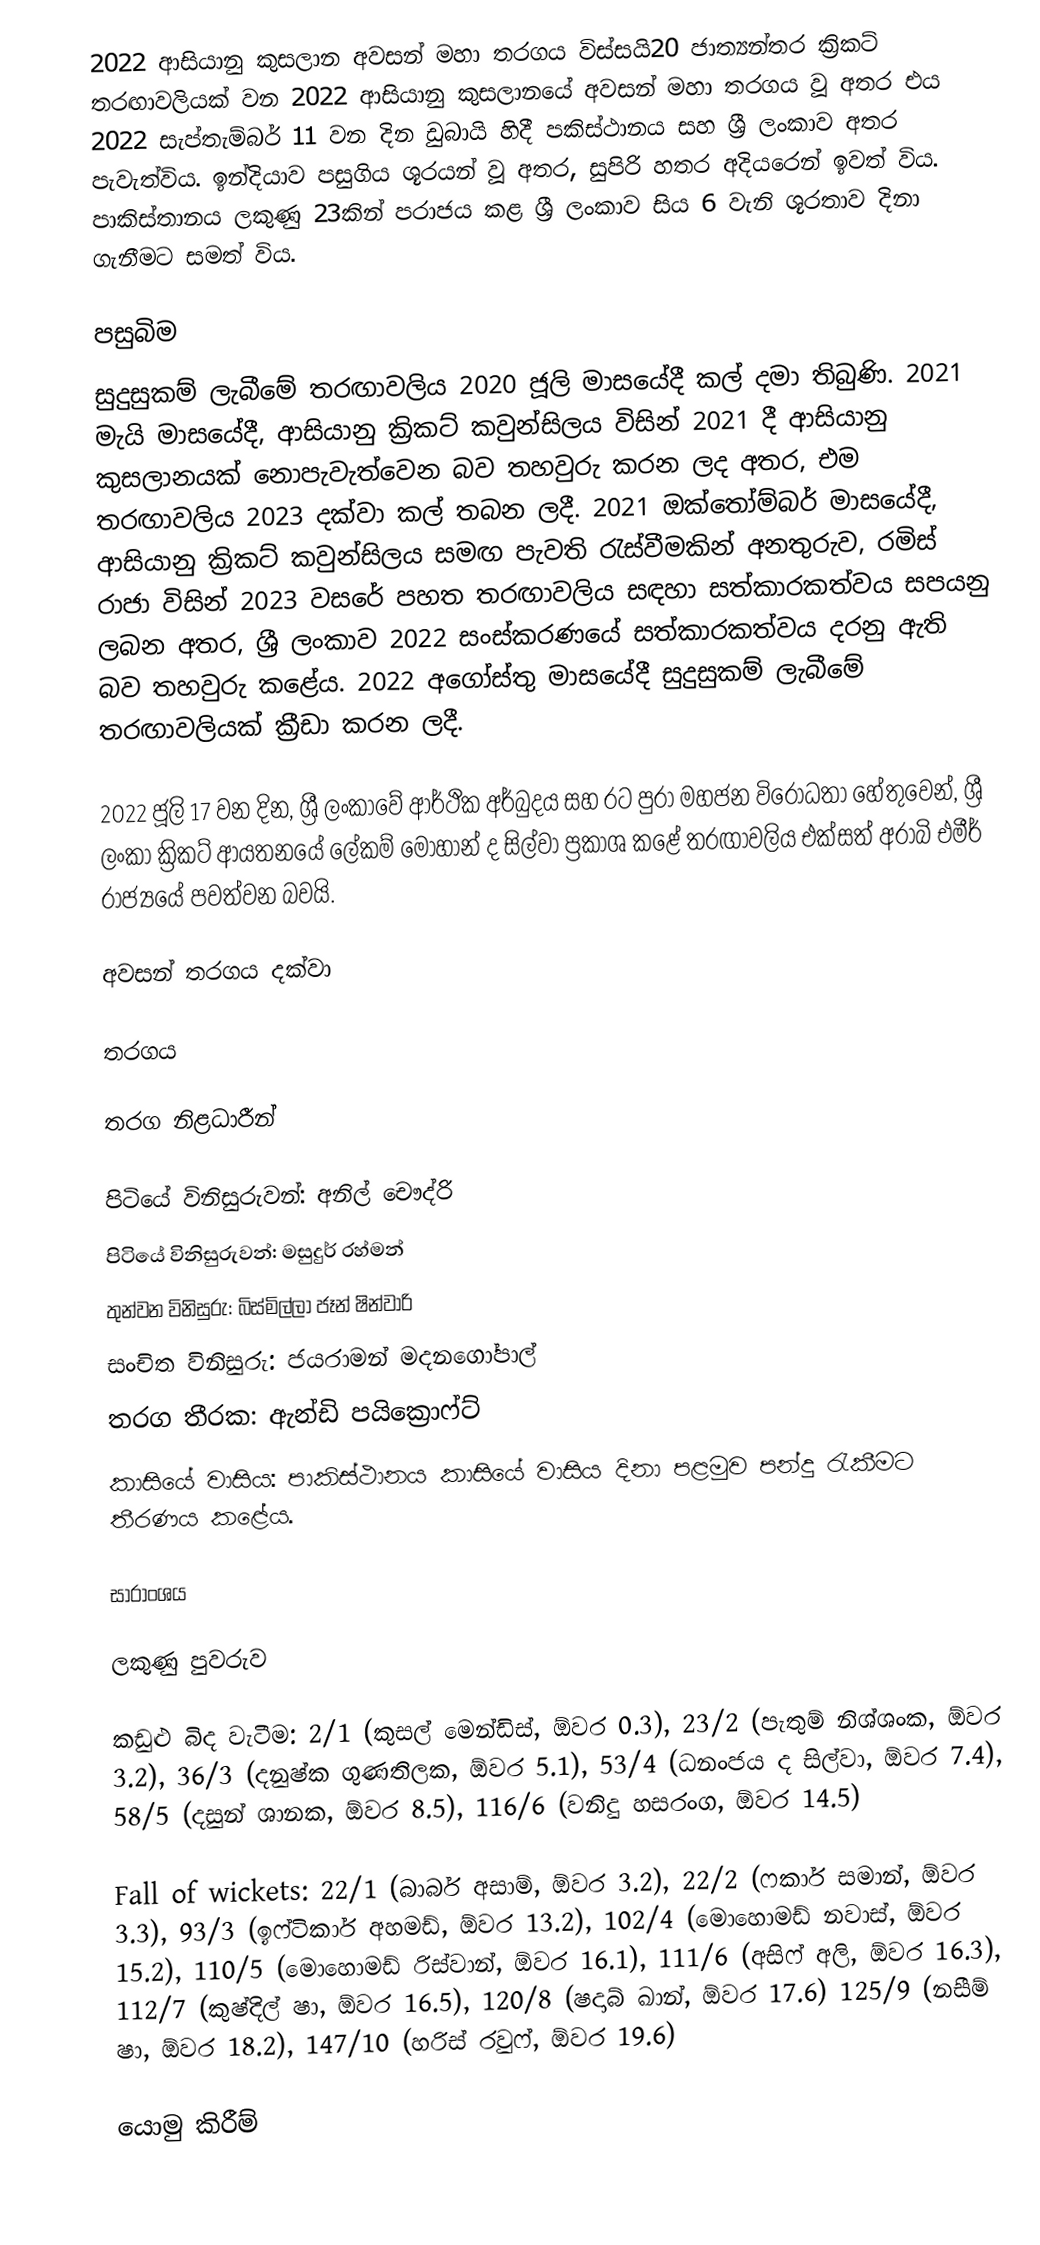
2022 ආසියානු කුසලාන අවසන් මහා තරගය විස්සයි20 ජාත්‍යන්තර ක්‍රිකට් තරඟාවලියක් වන 2022 ආසියානු කුසලානයේ අවසන් මහා තරගය වූ අතර එය 2022 සැප්තැම්බර් 11 වන දින ඩුබායි හිදී පකිස්ථානය සහ ශ්‍රී ලංකාව අතර පැවැත්විය. ඉන්දියාව පසුගිය ශූරයන් වූ අතර, සුපිරි හතර අදියරෙන් ඉවත් විය. පාකිස්තානය ලකුණු 23කින් පරාජය කළ ශ්‍රී ලංකාව සිය 6 වැනි ශූරතාව දිනා ගැනීමට සමත් විය.

පසුබිම
සුදුසුකම් ලැබීමේ තරඟාවලිය 2020 ජූලි මාසයේදී කල් දමා තිබුණි. 2021 මැයි මාසයේදී, ආසියානු ක්‍රිකට් කවුන්සිලය විසින් 2021 දී ආසියානු කුසලානයක් නොපැවැත්වෙන බව තහවුරු කරන ලද අතර, එම තරඟාවලිය 2023 දක්වා කල් තබන ලදී. 2021 ඔක්තෝම්බර් මාසයේදී, ආසියානු ක්‍රිකට් කවුන්සිලය සමඟ පැවති රැස්වීමකින් අනතුරුව, රමිස් රාජා විසින් 2023 වසරේ පහත තරඟාවලිය සඳහා සත්කාරකත්වය සපයනු ලබන අතර, ශ්‍රී ලංකාව 2022 සංස්කරණයේ සත්කාරකත්වය දරනු ඇති බව තහවුරු කළේය. 2022 අගෝස්තු මාසයේදී සුදුසුකම් ලැබීමේ තරඟාවලියක් ක්‍රීඩා කරන ලදී.

2022 ජූලි 17 වන දින, ශ්‍රී ලංකාවේ ආර්ථික අර්බුදය සහ රට පුරා මහජන විරෝධතා හේතුවෙන්, ශ්‍රී ලංකා ක්‍රිකට් ආයතනයේ ලේකම් මොහාන් ද සිල්වා ප්‍රකාශ කළේ තරඟාවලිය එක්සත් අරාබි එමීර් රාජ්‍යයේ පවත්වන බවයි.

අවසන් තරගය දක්වා

තරගය

තරග නිළධාරීන්

 පිටියේ විනිසුරුවන්:  අනිල් චෞද්රි
 පිටියේ විනිසුරුවන්:  මසුදුර් රහ්මන්
 තුන්වන විනිසුරු:  බිස්මිල්ලා ජෑන් ෂින්වාරි
 සංචිත විනිසුරු:  ජයරාමන් මදනගෝපාල්
 තරග තීරක:  ඇන්ඩි පයික්‍රොෆ්ට්
 කාසියේ වාසිය: පාකිස්ථානය කාසියේ වාසිය දිනා පළමුව පන්දු රැකීමට තීරණය කළේය.

සාරාංශය

ලකුණු පුවරුව

කඩුළු බිද වැටීම: 2/1 (කුසල් මෙන්ඩිස්, ඕවර 0.3), 23/2 (පැතුම් නිශ්ශංක, ඕවර 3.2), 36/3 (දනුෂ්ක ගුණතිලක, ඕවර 5.1), 53/4 (ධනංජය ද සිල්වා, ඕවර 7.4), 58/5 (දසුන් ශානක, ඕවර 8.5), 116/6 (වනිදු හසරංග, ඕවර 14.5)

Fall of wickets: 22/1 (බාබර් අසාම්, ඕවර 3.2), 22/2 (ෆකාර් සමාන්, ඕවර 3.3), 93/3 (ඉෆ්ටිකාර් අහමඩ්, ඕවර 13.2), 102/4 (මොහොමඩ් නවාස්, ඕවර 15.2), 110/5 (මොහොමඩ් රිස්වාන්, ඕවර 16.1), 111/6 (අසිෆ් අලි, ඕවර 16.3), 112/7 (කුෂ්දිල් ෂා, ඕවර 16.5), 120/8 (ෂදාබ් ඛාන්, ඕවර 17.6) 125/9 (නසීම් ෂා, ඕවර 18.2), 147/10 (හරිස් රවුෆ්, ඕවර 19.6)

යොමු කිරීම්